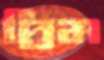
দ্রিম